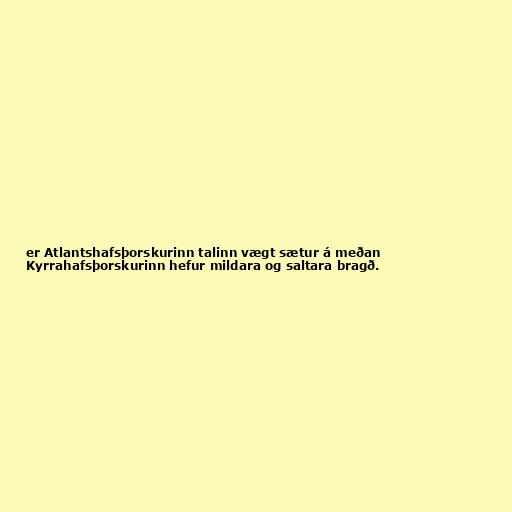
er Atlantshafsþorskurinn talinn vægt sætur á meðan
Kyrrahafsþorskurinn hefur mildara og saltara bragð.